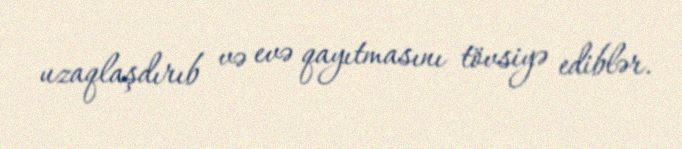
uzaqlaşdırıb və evə qayıtmasını tövsiyə ediblər.